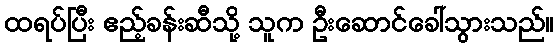
ထရပ်ပြီး ဧည့်ခန်းဆီသို့ သူက ဦးဆောင်ခေါ်သွားသည်။